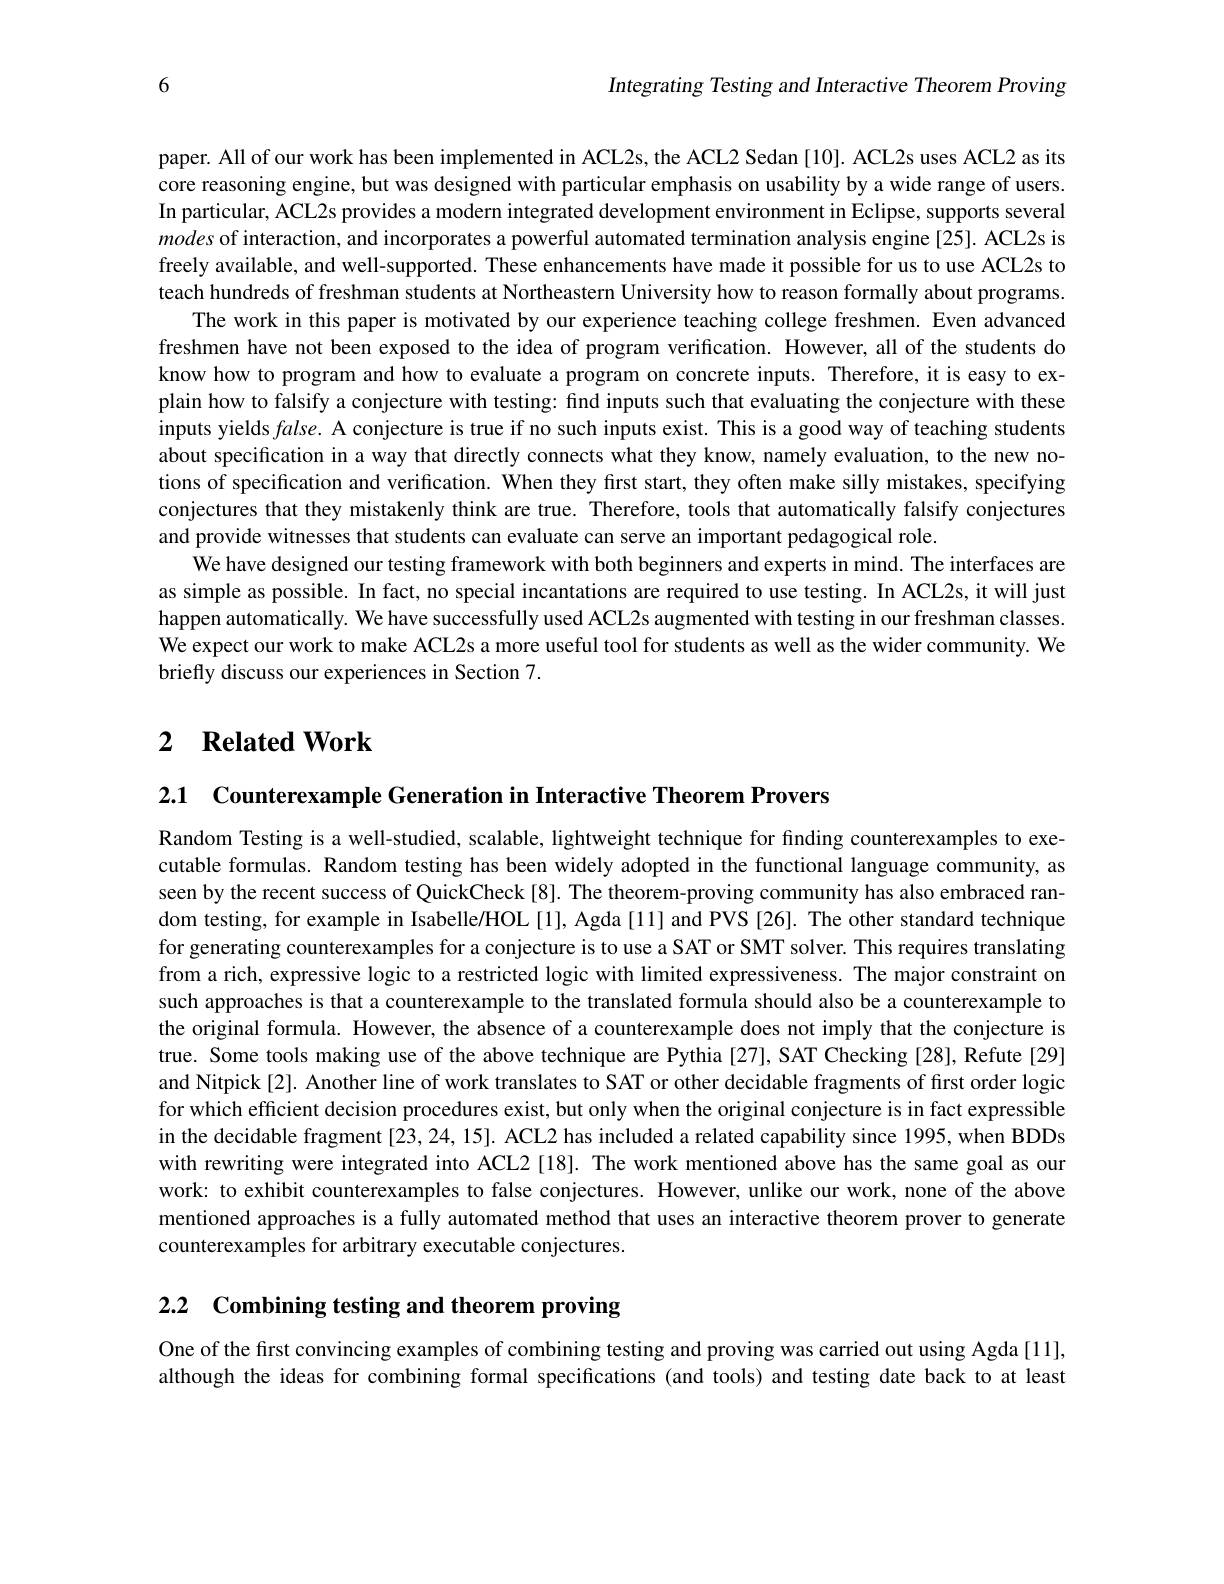
Integrating Testing and Interactive Theorem Proving

6

paper. All of our work has been implemented in ACL2s, the ACL2 Sedan [10]. ACL2s uses ACL2 as its core reasoning engine, but was designed with particular emphasis on usability by a wide range of users In particular, ACL2s provides a modern integrated development environment in Eclipse, supports several modes of interaction, and incorporates a powerful automated termination analysis engine[25]. ACL2s is freely available, and well-supported. These enhancements have made it possible for us to use ACL2s to teach hundreds of freshman students at Northeastern University how to reason formally about programs.
The work in this paper is motivated by our experience teaching college freshmen. Even advanced freshmen have not been exposed to the idea of program verification. However, all of the students do know how to program and how to evaluate a program on concrete inputs. Therefore, it is easy to explain how to falsify a conjecture with testing: find inputs such that evaluating the conjecture with these inputs yields $false.$ A conjecture is true if no such inputs exist. This is a good way of teaching students about specification in a way that directly connects what they know, namely evaluation, to the new notions of specification and verification. When they first start, they often make silly mistakes, specifying conjectures that they mistakenly think are true. Therefore, tools that automatically falsify conjectures and provide witnesses that students can evaluate can serve an important pedagogical role.
We have designed our testing framework with both beginners and experts in mind. The interfaces are as simple as possible. In fact, no special incantations are required to use testing. In ACL2s, it will just happen automatically. We have successfully used ACL2s augmented with testing in our freshman classes. We expect our work to make ACL2s a more useful tool for students as well as the wider community. We briefly discuss our experiences in Section 7.

# 2 $\textbf{Related Work}$

2.1 Counterexample Generation in Interactive Theorem Provers

Random Testing is a well-studied, scalable, lightweight technique for finding counterexamples to executable formulas. Random testing has been widely adopted in the functional language community, as seen by the recent success of QuickCheck [8]. The theorem-proving community has also embraced random testing, for example in Isabelle/HOL [1], Agda [11] and PVS [26]. The other standard technique for generating counterexamples for a conjecture is to use a SAT or SMT solver. This requires translating from a rich, expressive logic to a restricted logic with limited expressiveness. The major constraint on such approaches is that a counterexample to the translated formula should also be a counterexample to the original formula. However, the absence of a counterexample does not imply that the conjecture is true. Some tools making use of the above technique are Pythia [27], SAT Checking [28], Refute [29] and Nitpick [2]. Another line of work translates to SAT or other decidable fragments of first order logic for which efficient decision procedures exist, but only when the original conjecture is in fact expressible in the decidable fragment [23, 24, 15]. ACL2 has included a related capability since 1995, when BDDs with rewriting were integrated into ACL2 [18]. The work mentioned above has the same goal as our work: to exhibit counterexamples to false conjectures. However, unlike our work, none of the above mentioned approaches is a fully automated method that uses an interactive theorem prover to generate counterexamples for arbitrary executable conjectures.

2.2 Combining testing and theorem proving

One of the first convincing examples of combining testing and proving was carried out using Agda[11], although the ideas for combining formal specifications (and tools) and testing date back to at least